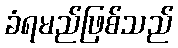
ခံရမည်ဖြစ်သည်